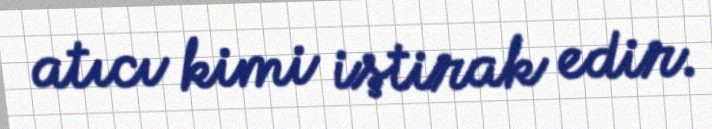
atıcı kimi iştirak edir.